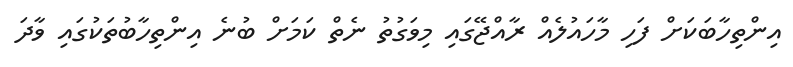
އިންތިހާބަކަށް ފަހި މާހައުލެއް ރާއްޖޭގައި މިވަގުތު ނެތް ކަމަށް ބުނެ އިންތިހާބުތަކުގައި ވާދަ